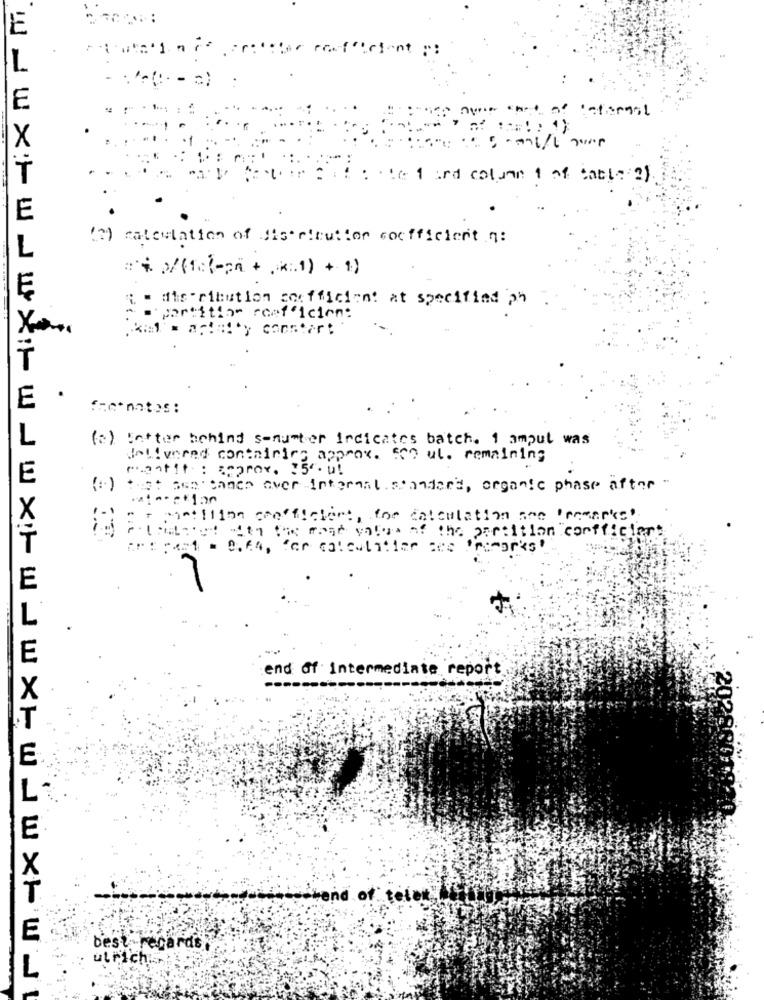
E
ir resfficient ::
L
E
X
T
Fio 1 and column 1 of table 2)
E
(2) calculation of His rieu: lor coefficient q:
L
E
die ribution coefficient at specified an
partition coefficient
T
E
.
L
(a) Eetter behind s-number Indicates batch. 1 ampul was
delivered containing approx. eso ul. remaining
postit : aprox. 15. u.
E
(+) that searcanes over Internat standard, organic phase after "
X
= = matilion coefficient, for calculation are Promarts
i Pininet Ate the most valua of the partition confficier:
T
E
-
L
E
end of intermediate report.
E
. of
E
L